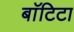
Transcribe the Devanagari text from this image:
बाॅटिटा